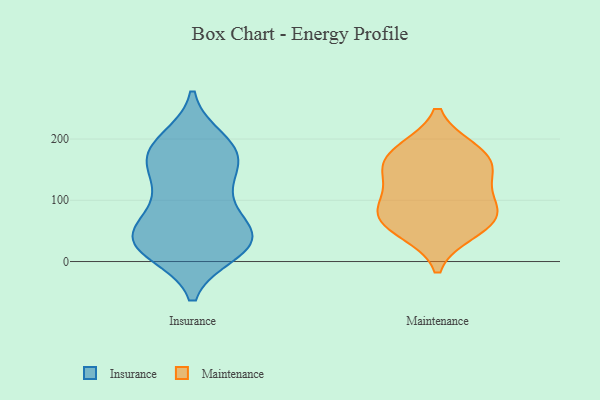
{"axis": {"x": "Shipments", "y": "Value"}, "legend": ["Insurance", "Maintenance"], "data": [{"x": "", "y": 38, "type": "Insurance"}, {"x": "", "y": 33, "type": "Insurance"}, {"x": "", "y": 105, "type": "Insurance"}, {"x": "", "y": 42, "type": "Insurance"}, {"x": "", "y": 43, "type": "Insurance"}, {"x": "", "y": 148, "type": "Insurance"}, {"x": "", "y": 19, "type": "Insurance"}, {"x": "", "y": 16, "type": "Insurance"}, {"x": "", "y": 172, "type": "Insurance"}, {"x": "", "y": 198, "type": "Insurance"}, {"x": "", "y": 45, "type": "Insurance"}, {"x": "", "y": 87, "type": "Insurance"}, {"x": "", "y": 176, "type": "Insurance"}, {"x": "", "y": 21, "type": "Insurance"}, {"x": "", "y": 115, "type": "Insurance"}, {"x": "", "y": 177, "type": "Insurance"}, {"x": "", "y": 192, "type": "Insurance"}, {"x": "", "y": 162, "type": "Insurance"}, {"x": "", "y": 44, "type": "Insurance"}, {"x": "", "y": 182, "type": "Maintenance"}, {"x": "", "y": 181, "type": "Maintenance"}, {"x": "", "y": 83, "type": "Maintenance"}, {"x": "", "y": 89, "type": "Maintenance"}, {"x": "", "y": 58, "type": "Maintenance"}, {"x": "", "y": 157, "type": "Maintenance"}, {"x": "", "y": 149, "type": "Maintenance"}, {"x": "", "y": 130, "type": "Maintenance"}, {"x": "", "y": 49, "type": "Maintenance"}, {"x": "", "y": 79, "type": "Maintenance"}]}